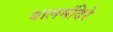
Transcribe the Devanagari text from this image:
बालमंदिरे